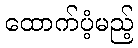
ထောက်ပံ့မည့်